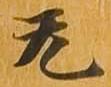
无